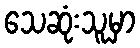
သေဆုံးသူမှာ